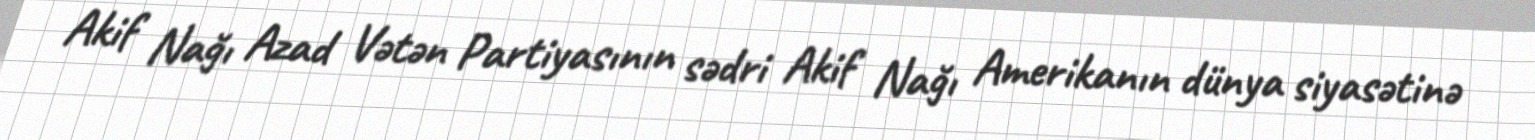
Akif Nağı Azad Vətən Partiyasının sədri Akif Nağı Amerikanın dünya siyasətinə